Production of alkali in liquid media by the Bacillus pestis - Number 33
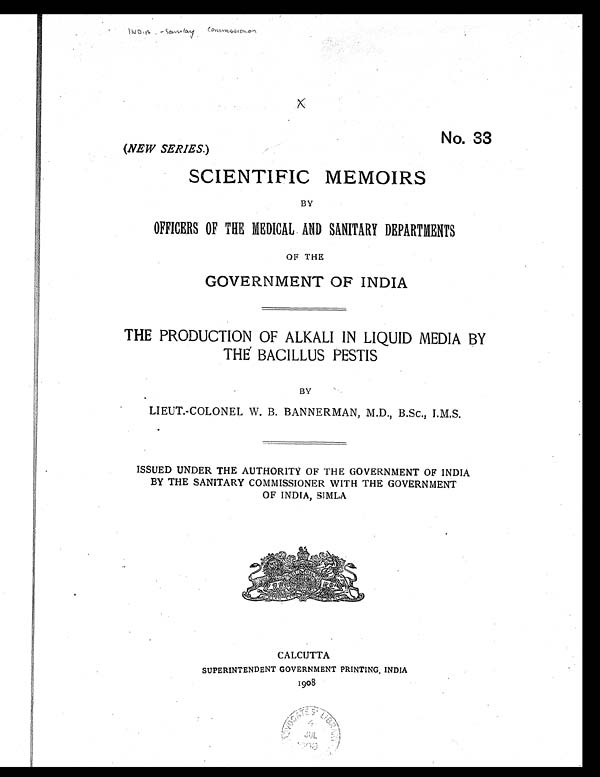
No. 33
(NEW SERIES.)
SCIENTIFIC MEMOIRS
BY
OFFICERS OF THE MEDICAL AND SANITARY DEPARTMENTS
OF THE
GOVERNMENT OF INDIA
THE PRODUCTION OF ALKALI IN LIQUID MEDIA BY
THE BACILLUS PESTIS
BY
LIEUT.-COLONEL W. B. BANNERMAN, M.D., B.Sc., I.M.S.
ISSUED UNDER THE AUTHORITY OF THE GOVERNMENT OF INDIA
BY THE SANITARY COMMISSIONER WITH THE GOVERNMENT
OF INDIA, SIMLA
INDIA [ill]
CALCUTTA
SUPERINTENDENT GOVERNMENT PRINTING, INDIA
1908